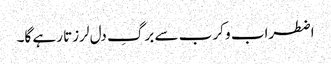
اضطراب و کرب سے برگِ دل لرزتا رہے گا۔